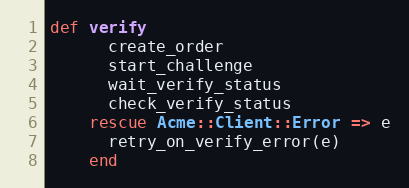
Language: Ruby
def verify
      create_order
      start_challenge
      wait_verify_status
      check_verify_status
    rescue Acme::Client::Error => e
      retry_on_verify_error(e)
    end